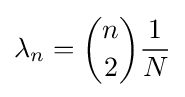
\lambda _{n}={n \choose 2}{\frac {1}{N}}